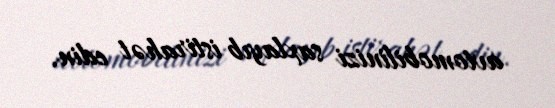
avtomobilinizi saxlayıb istirahət edin.